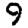
Digit: 9